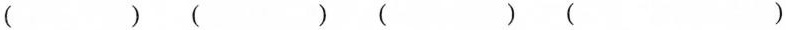
()( )( )()